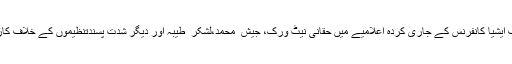
یہی وجہ ہے کہ ہارٹ آف ایشیا کانفرنس کے جاری کردہ اعلامیے میں حقانی نیٹ ورک، جیش ِ محمد،لشکر ِ طیبہ اور دیگر شدت پسندتنظیموں کے خلاف کارروائی کا مطالبہ کیا گیا۔